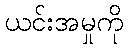
ယင်းအမှုကို